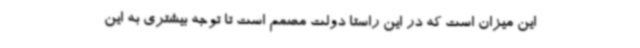
این میزان است که در این راستا دولت مصمم است تا توجه بیشتری به این